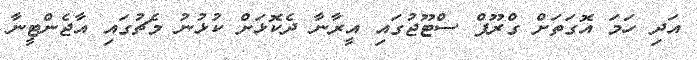
އަދި ހަމަ އޮގަތަށް ގްރޫޕް ސްޓޫޖުގައި އީރާނާ ދެކޮޅަށް ކުޅުނު މެޗުގައި އާޖެންޓީނާ